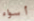
أسواء